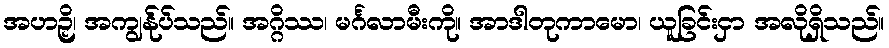
အဟဉှိ၊ အကျွန်ုပ်သည်။ အဂ္ဂိဿ၊ မင်္ဂလာမီးကို။ အာဒါတုကာမော၊ ယူခြင်းငှာ အလိုရှိသည်။